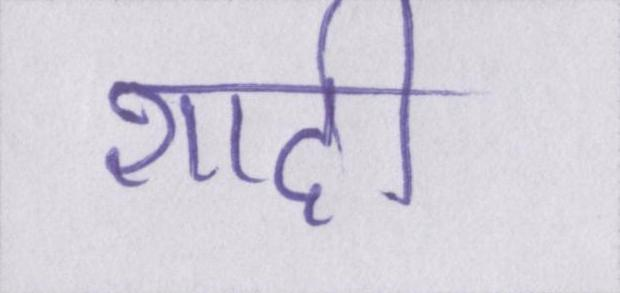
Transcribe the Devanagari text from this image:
शादी